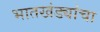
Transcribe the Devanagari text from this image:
भातखंड्यांचा